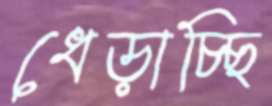
ধেড়াচ্ছি